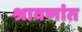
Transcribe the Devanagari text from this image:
श्रावणांत